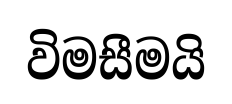
විමසීමයි